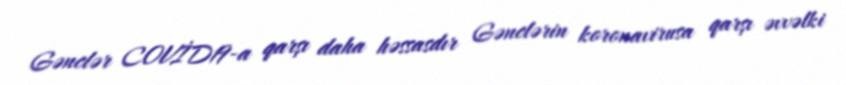
Gənclər COVİD19-a qarşı daha həssasdır Gənclərin koronavirusa qarşı əvvəlki